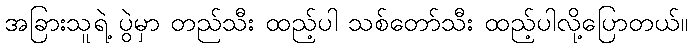
အခြားသူရဲ့ ပွဲမှာ တည်သီး ထည့်ပါ သစ်တော်သီး ထည့်ပါလို့ပြောတယ်။